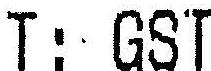
T: GST